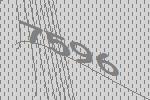
7596